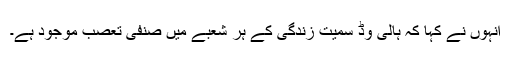
انہوں نے کہا کہ ہالی وڈ سمیت زندگی کے ہر شعبے میں صنفی تعصب موجود ہے۔